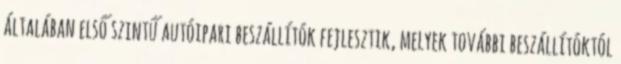
általában első szintű autóipari beszállítók fejlesztik, melyek további beszállítóktól